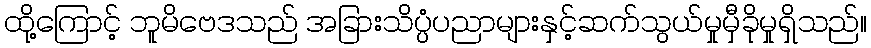
ထို့ကြောင့် ဘူမိဗေဒသည် အခြားသိပ္ပံပညာများနှင့်ဆက်သွယ်မှုမှီခိုမှုရှိသည်။